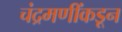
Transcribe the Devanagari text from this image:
चंद्रमणींकडून